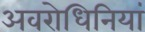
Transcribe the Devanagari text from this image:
अवरोधिनियां